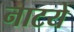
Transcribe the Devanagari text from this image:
नाटये